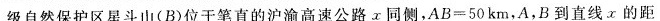
级自然保护区星斗山(B)位于笔直的沪渝高速公路α同侧，$$A B = 5 0 k m$$，A，B到直线α的距